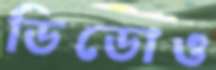
ডিডোও